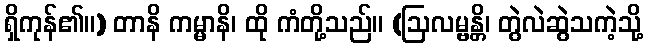
ရှိကုန်၏။) တာနိ ကမ္မာနိ၊ ထို ကံတို့သည်။ (ဩလမ္ဗန္တိ၊ တွဲလဲဆွဲသကဲ့သို့